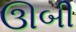
ઊબી